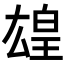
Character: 𬐋